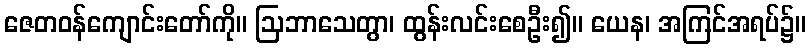
ဇေတဝန်ကျောင်းတော်ကို။ ဩဘာသေတွာ၊ ထွန်းလင်းစေဦး၍။ ယေန၊ အကြင်အရပ်၌။